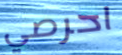
احرصي